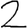
Digit: 2